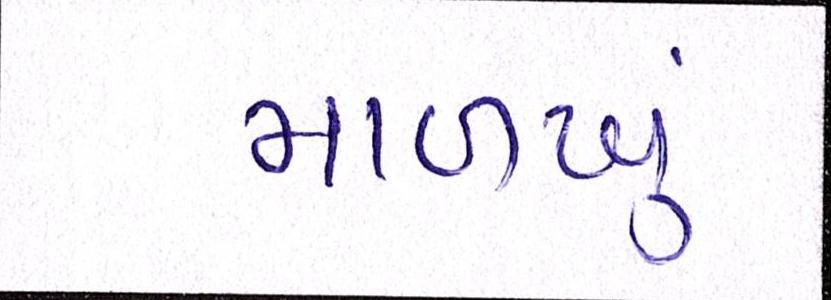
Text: માળખું